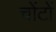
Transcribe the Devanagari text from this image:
चोंटों